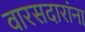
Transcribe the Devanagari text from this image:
वारसदारांना